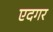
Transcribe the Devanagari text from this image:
एदगर